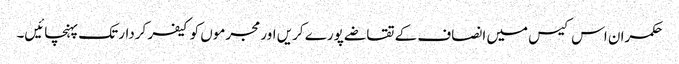
حکمران اس کیس میں انصاف کے تقاضے پورے کریں اور مجرموں کو کیفر کردار تک پہنچائیں۔